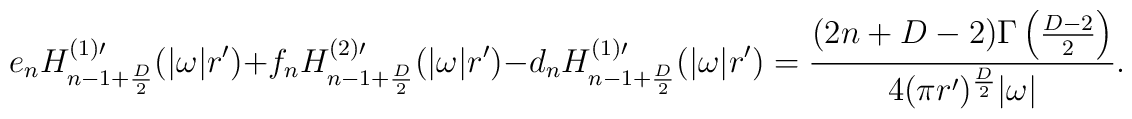
e_n H^{(1)\prime}_{n-1+{D\over 2}}(|\omega| r')+f_nH^{(2)\prime}_{n-1+{D\over 2}}(|\omega| r')-d_n H^{(1)\prime}_{n-1+{D\over 2}}(|\omega|r')={(2n+D-2)\Gamma\left ({D-2\over 2}\right )\over 4 (\pi r')^{D\over 2}|\omega|}.